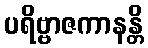
ပရိဗ္ဗာဇကာနန္တိ